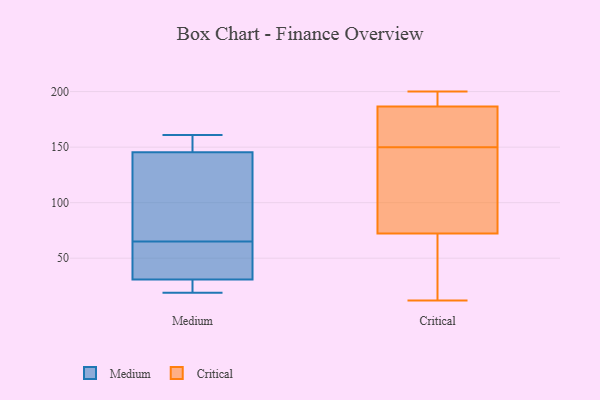
{"axis": {"x": "Bounce Rate (%)", "y": "Value"}, "legend": ["Critical", "Medium"], "data": [{"x": "", "y": 161, "type": "Medium"}, {"x": "", "y": 27, "type": "Medium"}, {"x": "", "y": 19, "type": "Medium"}, {"x": "", "y": 156, "type": "Medium"}, {"x": "", "y": 60, "type": "Medium"}, {"x": "", "y": 119, "type": "Medium"}, {"x": "", "y": 65, "type": "Medium"}, {"x": "", "y": 87, "type": "Medium"}, {"x": "", "y": 145, "type": "Medium"}, {"x": "", "y": 32, "type": "Medium"}, {"x": "", "y": 45, "type": "Medium"}, {"x": "", "y": 24, "type": "Medium"}, {"x": "", "y": 147, "type": "Medium"}, {"x": "", "y": 52, "type": "Critical"}, {"x": "", "y": 184, "type": "Critical"}, {"x": "", "y": 123, "type": "Critical"}, {"x": "", "y": 79, "type": "Critical"}, {"x": "", "y": 12, "type": "Critical"}, {"x": "", "y": 194, "type": "Critical"}, {"x": "", "y": 109, "type": "Critical"}, {"x": "", "y": 195, "type": "Critical"}, {"x": "", "y": 41, "type": "Critical"}, {"x": "", "y": 150, "type": "Critical"}, {"x": "", "y": 177, "type": "Critical"}, {"x": "", "y": 156, "type": "Critical"}, {"x": "", "y": 200, "type": "Critical"}]}